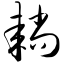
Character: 耥